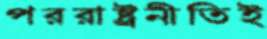
পররাষ্ট্রনীতিই